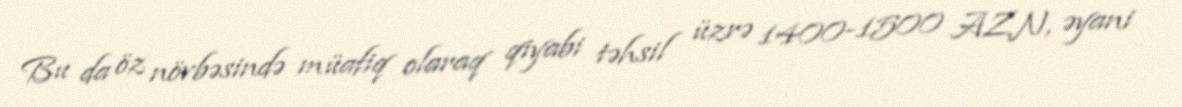
Bu da öz növbəsində müafiq olaraq qiyabi təhsil üzrə 1400-1500 AZN, əyani